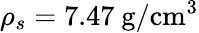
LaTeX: \rho_{s}=7.47~\mathrm{g/cm^{3}}